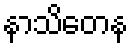
နာသိတေန